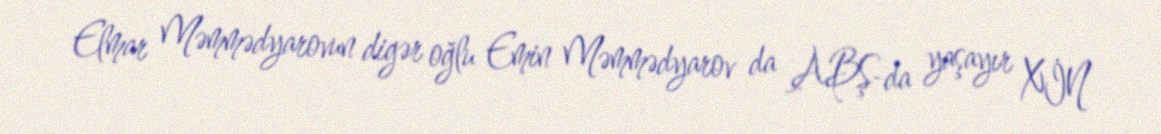
Elmar Məmmədyarovun digər oğlu Emin Məmmədyarov da ABŞ-da yaşayır XİN